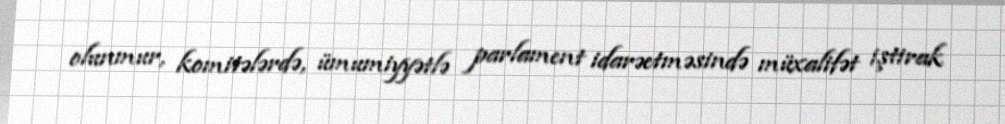
olunmur, komitələrdə, ümumiyyətlə parlament idarəetməsində müxalifət iştirak